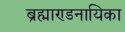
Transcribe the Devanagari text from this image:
ब्रह्माण्डनायिका